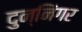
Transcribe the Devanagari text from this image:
दुन्निंगर